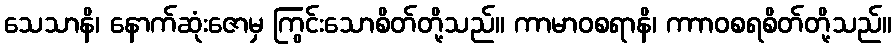
သေသာနိ၊ နောက်ဆုံးဇောမှ ကြွင်းသောစိတ်တို့သည်။ ကာမာဝစရာနိ၊ ကာာဝစရစိတ်တို့သည်။